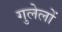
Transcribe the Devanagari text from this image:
गुलेलों